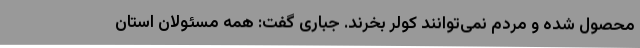
محصول شده و مردم نمی‌توانند کولر بخرند. جباری گفت: همه مسئولان استان